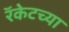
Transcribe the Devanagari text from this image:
रॅकेटच्या